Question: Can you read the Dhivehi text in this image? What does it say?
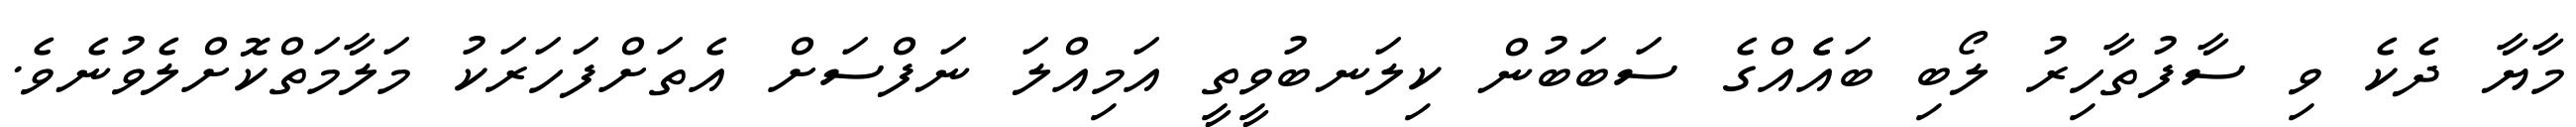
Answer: މާޔާ ދެކެ ވި ސާފުތާހިރު ލޯބި ބައެެއްގެ ސަބަބުން ކިލަނބުވީތީ އަމިއްލަ ނަފްސަށް އެތަށްފަހަރަކު މަލާމަތްކޮށްލެވުނެވެ.